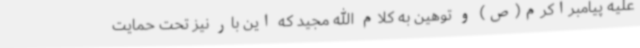
علیه پیامبراکرم(ص) و توهین به کلام الله مجید که این بار نیز تحت حمایت